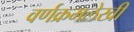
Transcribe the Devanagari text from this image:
वर्णक्रमलेखी